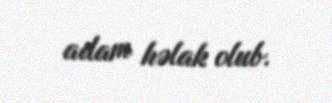
adam həlak olub.